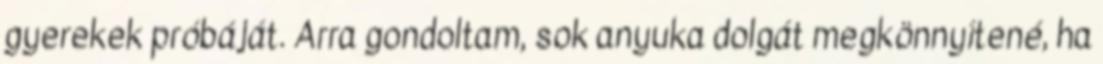
gyerekek próbáját. Arra gondoltam, sok anyuka dolgát megkönnyítené, ha